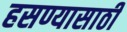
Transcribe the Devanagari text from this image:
हसण्यासाठी